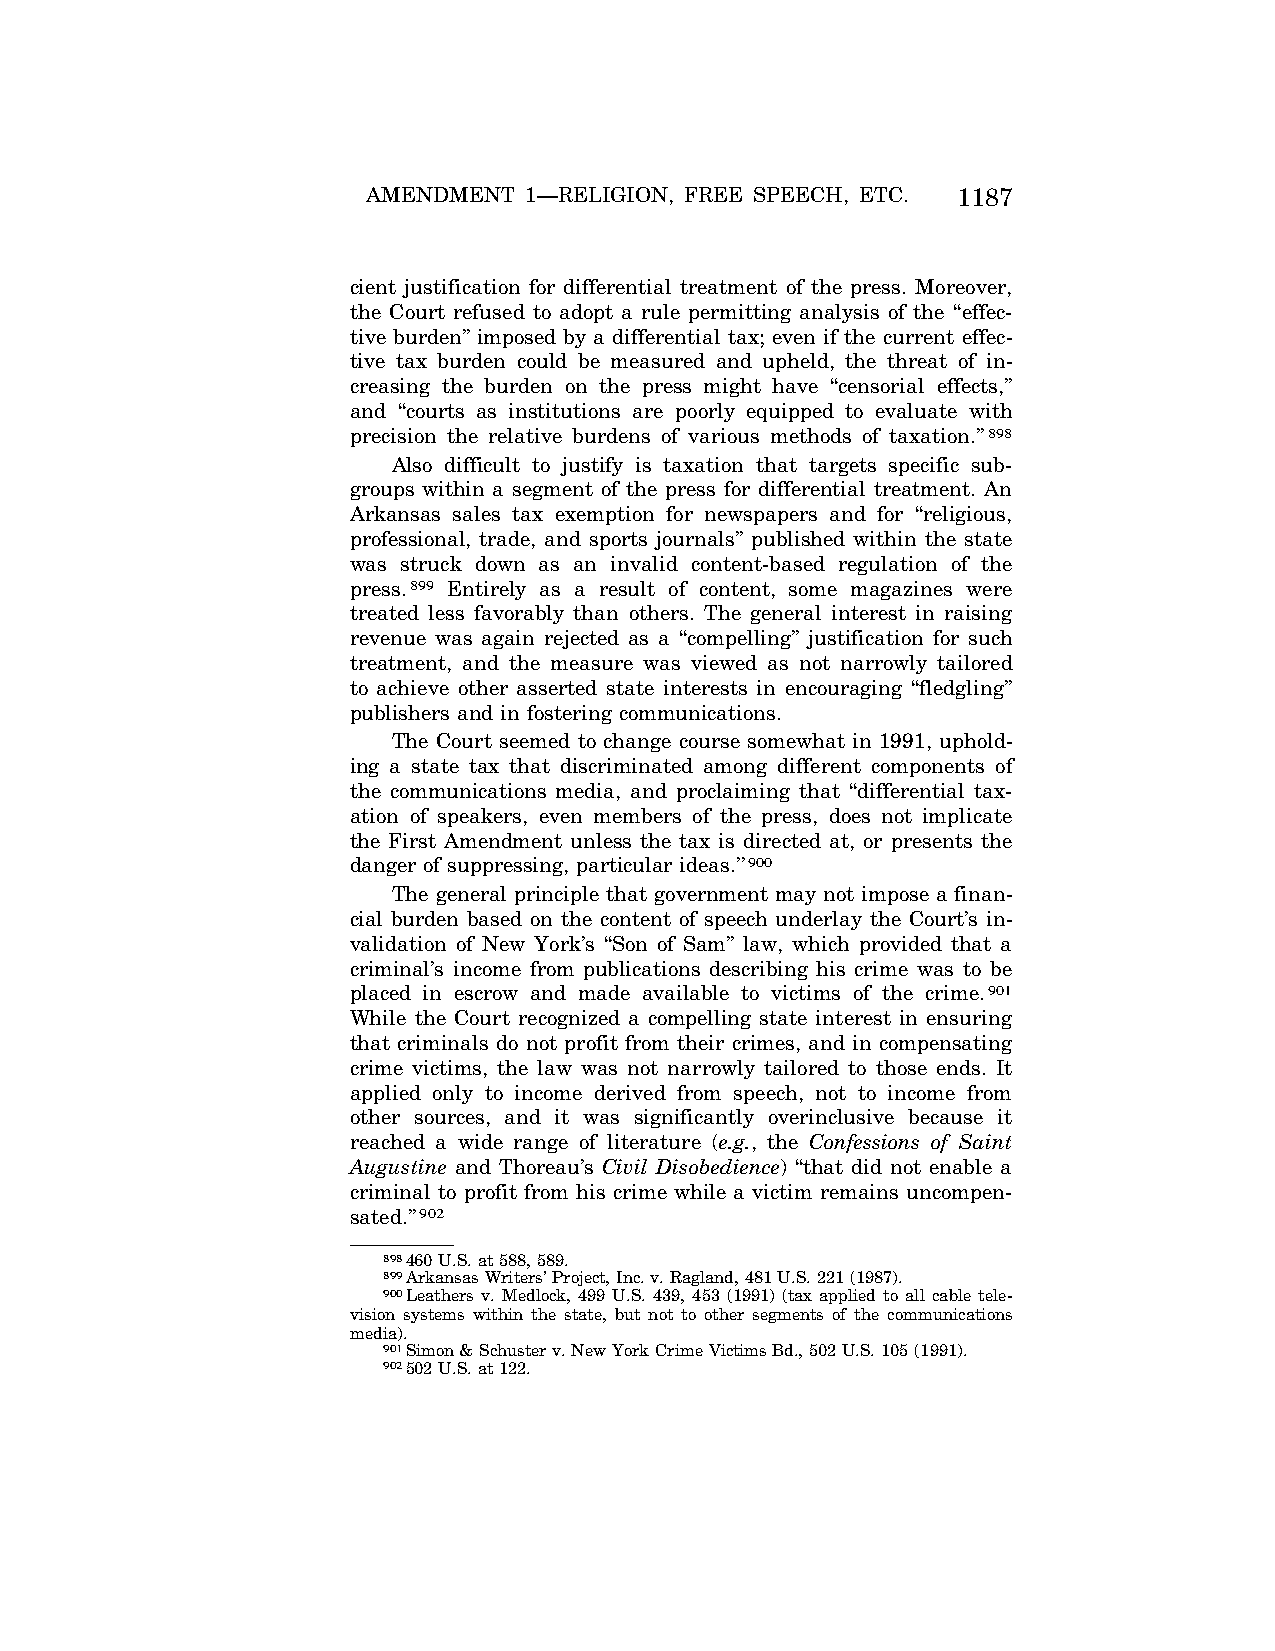
AMENDMENT  1—RELIGION, FREE SPEECH, ETC. 1187
 cient justification for differential treatment of the press. Moreover,
 the Court refused to adopt a rule permitting analysis of the ‘‘effec-
 tive burden’’ imposed by a differential tax; even if the current effec-
 tive tax burden could be measured and upheld, the threat of in-
 creasing the burden on the press might have ‘‘censorial effects,’’
 and ‘‘courts as institutions are poorly equipped to evaluate with
 precision the relative burdens of various methods of taxation.’’898
 Also difficult to justify is taxation that targets specific sub-
 groups within a segment of the press for differential treatment. An
 Arkansas sales tax exemption for newspapers and for ‘‘religious,
 professional, trade, and sports journals’’ published within the state
 was struck down as an invalid content-based regulation of the
 press.899 Entirely as a result of content, some magazines were
 treated less favorably than others. The general interest in raising
 revenue was again rejected as a ‘‘compelling’’ justification for such
 treatment, and the measure was viewed as not narrowly tailored
 to achieve other asserted state interests in encouraging ‘‘fledgling’’
 publishers and in fostering communications.
 The Court seemed to change course somewhat in 1991, uphold-
 ing a state tax that discriminated among different components of
 the communications media, and proclaiming that ‘‘differential tax-
 ation of speakers, even members of the press, does not implicate
 the First Amendment unless the tax is directed at, or presents the
 danger of suppressing, particular ideas.’’900
 The general principle that government may not impose a finan-
 cial burden based on the content of speech underlay the Court’s in-
 validation of New York’s ‘‘Son of Sam’’ law, which provided that a
 criminal’s income from publications describing his crime was to be
 placed in escrow and made available to victims of the crime.901
 While the Court recognized a compelling state interest in ensuring
 that criminals do not profit from their crimes, and in compensating
 crime victims, the law was not narrowly tailored to those ends. It
 applied only to income derived from speech, not to income from
 other sources, and it was significantly overinclusive because it
 reached a wide range of literature (e.g., the Confessions of Saint
 Augustine and Thoreau’s Civil Disobedience) ‘‘that did not enable a
 criminal to profit from his crime while a victim remains uncompen-
 sated.’’902
 898460 U.S. at 588, 589.
 899Arkansas Writers’ Project, Inc. v. Ragland, 481 U.S. 221 (1987).
 900Leathers v. Medlock, 499 U.S. 439, 453 (1991) (tax applied to all cable tele-
 vision systems within the state, but not to other segments of the communications
 media).
 901Simon & Schuster v. New York Crime Victims Bd., 502 U.S. 105 (1991).
 902502 U.S. at 122.
 VerDate Apr<15>2004 08:57 Jun 25, 2004 Jkt 077500 PO 00000 Frm 00175 Fmt 8222 Sfmt 8222 C:\CONAN\CON024.SGM PRFM99 PsN: CON024